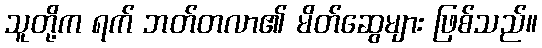
သူတို့က ရက် ဘတ်တလာ၏ မိတ်ဆွေများ ဖြစ်သည်။